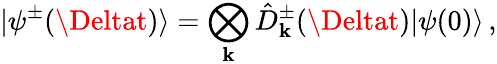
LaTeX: \vert\psi^{\pm}(\Deltat)\rangle=\bigotimes_{\mathbf{k}}\hat{{D}}_{\mathbf{k}}^{\pm}(\Deltat)\vert\psi(0)\rangle\, ,